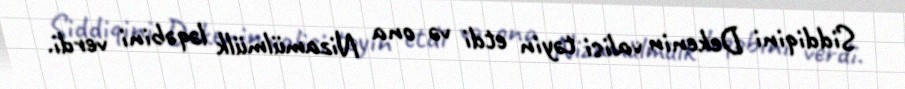
Siddiqini Dekenin valisi təyin etdi və ona Nizamülmülk ləqəbini verdi.